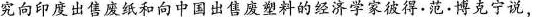
究向印度出售废纸和向中国出售料的经济学家彼得·范·博克宁说，